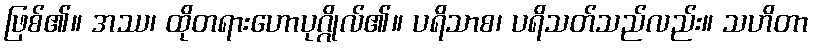
ဖြစ်၏။ အဿ၊ ထိုတရားဟောပုဂ္ဂိုလ်၏။ ပရိသာစ၊ ပရိသတ်သည်လည်း။ သဟိတာ